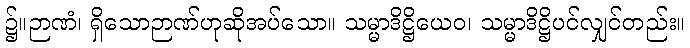
၌။ဉာဏံ၊ ရှိသောဉာဏ်ဟုဆိုအပ်သော။ သမ္မာဒိဋ္ဌိယေဝ၊ သမ္မာဒိဋ္ဌိပင်လျှင်တည်း။